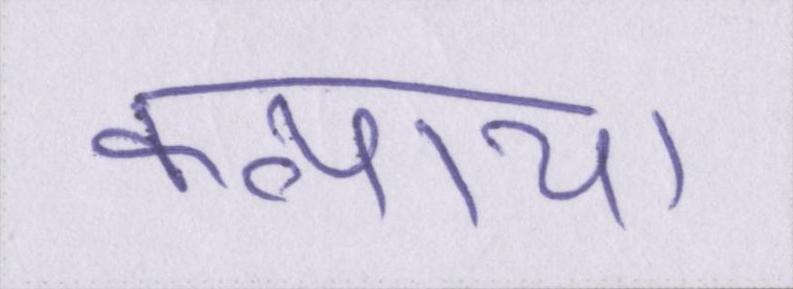
कन्याय